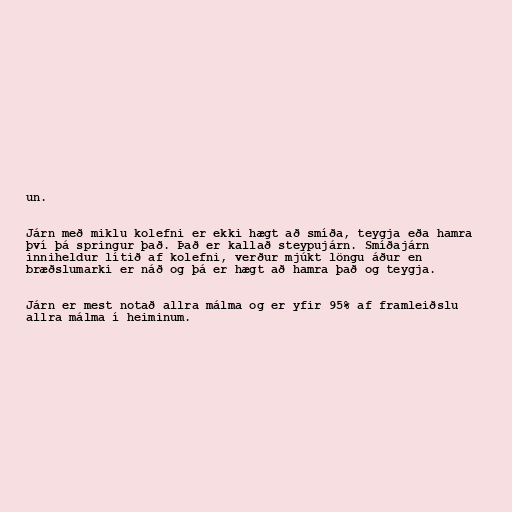
un.

Járn með miklu kolefni er ekki hægt að smíða, teygja eða hamra
því þá springur það. Það er kallað steypujárn. Smíðajárn
inniheldur lítið af kolefni, verður mjúkt löngu áður en
bræðslumarki er náð og þá er hægt að hamra það og teygja.

Járn er mest notað allra málma og er yfir 95% af framleiðslu
allra málma í heiminum.